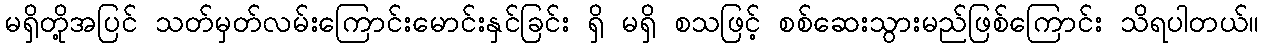
မရှိတို့အပြင် သတ်မှတ်လမ်းကြောင်းမောင်းနှင်ခြင်း ရှိ မရှိ စသဖြင့် စစ်ဆေးသွားမည်ဖြစ်ကြောင်း သိရပါတယ်။